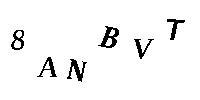
8ANBVT